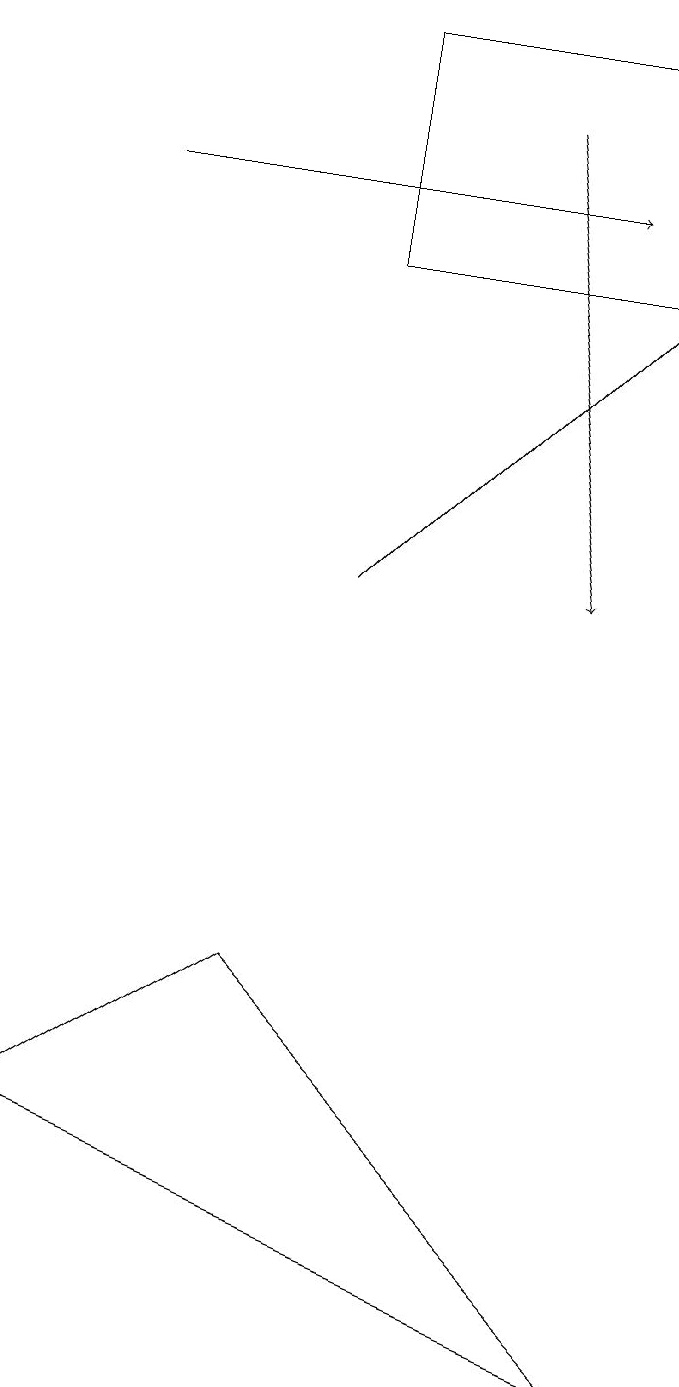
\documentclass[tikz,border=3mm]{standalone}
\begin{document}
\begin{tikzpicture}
\draw[->] (5,10) -- (9,14);
\draw (1,3) -- (9,0) -- (4,5) -- cycle;
\draw[->] (2,15) -- (8,15);
\draw[->] (7,16) -- (8,10);
\draw (9,17) rectangle (5,14);
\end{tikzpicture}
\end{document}